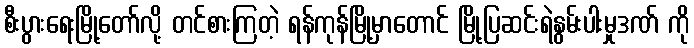
စီးပွားရေးမြို့တော်လို့ တင်စားကြတဲ့ ရန်ကုန်မြို့မှာတောင် မြို့ပြဆင်းရဲနွမ်းပါးမှုဒဏ် ကို